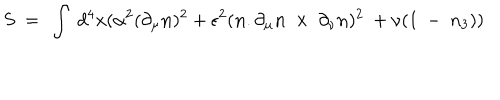
S ~ = ~ \int ~ d ^ { 4 } x ( { \alpha ^ { 2 } } ( \partial _ { \mu } { \bf n } ) ^ { 2 } + \epsilon ^ { 2 } ( { \bf n } . \partial _ { \mu } { \bf n } ~ \times ~ \partial _ { \nu } { \bf n } ) ^ { 2 } ~ + \nu ( 1 ~ - ~ n _ { 3 } ) )